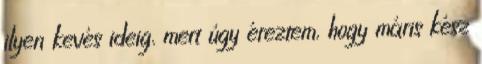
ilyen kevés ideig, mert úgy éreztem, hogy máris kész